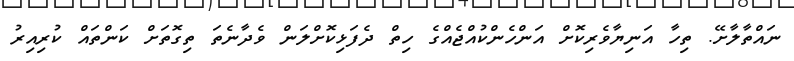
ނައްތާލާށޭ. ތިހާ އަނިޔާވެރިކޮށް އަންހެންކުއްޖެއްގެ ހިތް ދެފަޅިކޮށްލަން ވެދާނެތަ ތިގޮތަށް ކަންތައް ކުރިއިރު